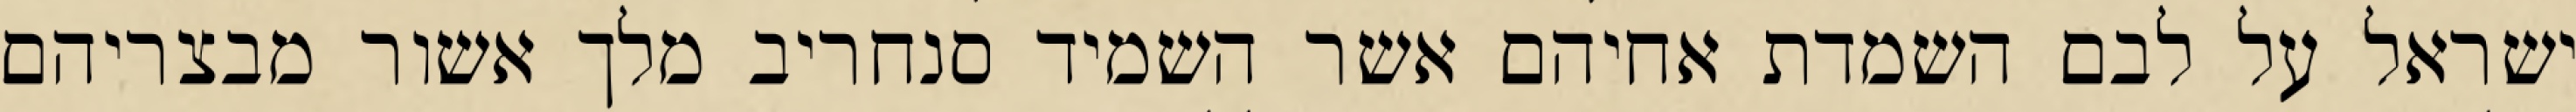
ישראל על לבם השמדת אחיהם אשר השמיד סנחריב מלך אשור מבצריהם